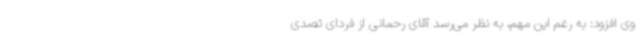
وی افزود: به رغم این مهم، به نظر می‌رسد آقای رحمانی از فردای تصدی